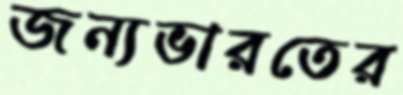
জন্যভারতের